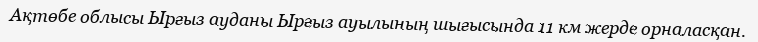
Ақтөбе облысы Ырғыз ауданы Ырғыз ауылының шығысында 11 км жерде орналасқан.